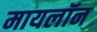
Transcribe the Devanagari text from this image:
मायलॉन